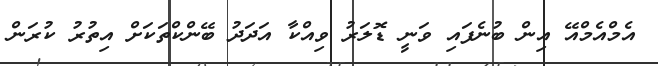
އެމްއެމްއޭ އިން ބުނެފައި ވަނީ ޑޮލަރު ވިއްކާ އަދަދު ބޭންކްތަކަށް އިތުރު ކުރަން